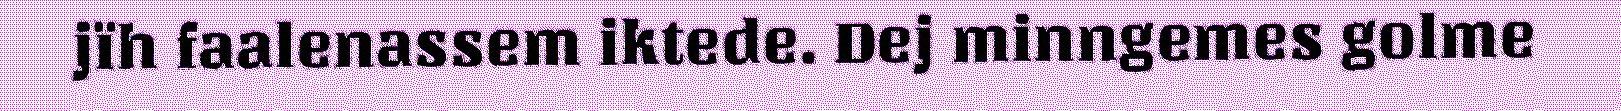
jïh faalenassem iktede. Dej minngemes golme